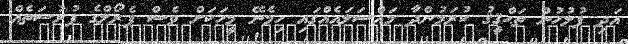
އަދި ފުލުހުން ތަޙްޤީޤު ކުރަމުންދާ މައްސަލައެއްގައި ހިމެނޭ މީހަކަށް ވެސް ޕެރޯލްގެ ފުރުސަތެއް